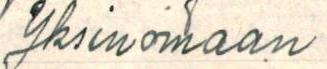
Yksinomaan